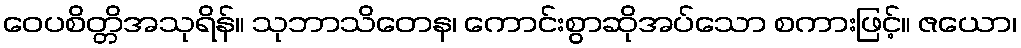
ဝေပစိတ္တိအသုရိန်။ သုဘာသိတေန၊ ကောင်းစွာဆိုအပ်သော စကားဖြင့်။ ဇယော၊